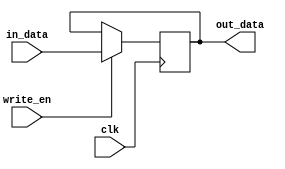
module memory_bank_selector(
  clk, write_en, in_data, out_data
);
  input clk;
  input write_en;
  input [1:0] in_data;
  output [1:0] out_data;

  reg [1:0] memory_bank;

  always @(posedge clk) begin
    if(write_en) begin
      memory_bank <= in_data;
    end
  end
  
  assign out_data = memory_bank;
endmodule